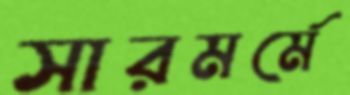
সারমর্মে